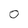
Character: 0